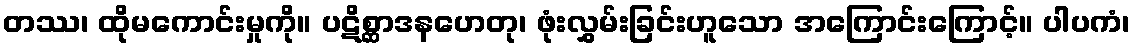
တဿ၊ ထိုမကောင်းမှုကို။ ပဋိစ္ဆာဒနဟေတု၊ ဖုံးလွှမ်းခြင်းဟူသော အကြောင်းကြောင့်။ ပါပကံ၊